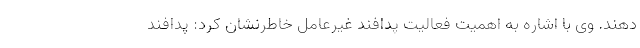
دهند. وی با اشاره به اهمیت فعالیت پدافند غیرعامل خاطرنشان کرد: پدافند